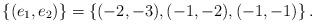
LaTeX: \begin{align*}\left\{(e_1,e_2)\right\} = \left\{(-2,-3),(-1,-2),(-1,-1)\right\}.\end{align*}